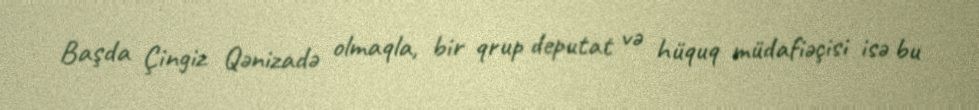
Başda Çingiz Qənizadə olmaqla, bir qrup deputat və hüquq müdafiəçisi isə bu